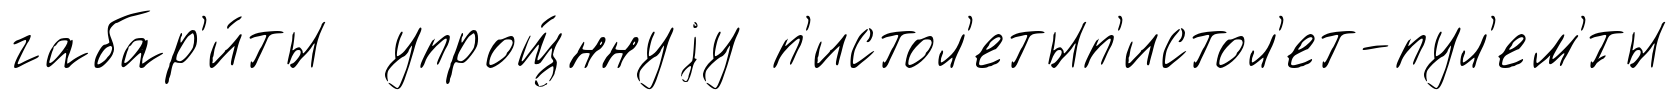
габар'и́ты упрощ́ннуjу п'истол'етып'истол'ет-пул'ем'́ты